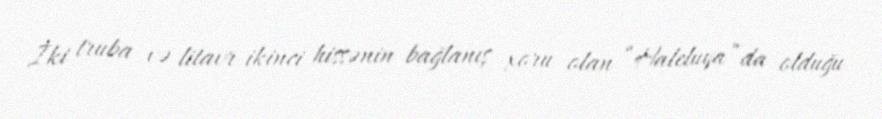
İki truba və litavr ikinci hissənin bağlanış xoru olan “Haleluya”da olduğu